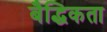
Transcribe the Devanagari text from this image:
बैद्धिकता